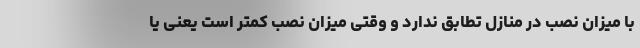
با میزان نصب در منازل تطابق ندارد و وقتی میزان نصب کمتر است یعنی یا